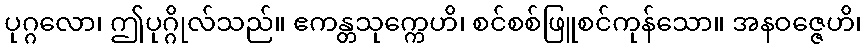
ပုဂ္ဂလော၊ ဤပုဂ္ဂိုလ်သည်။ ဧကန္တသုက္ကေဟိ၊ စင်စစ်ဖြူစင်ကုန်သော။ အနဝဇ္ဇေဟိ၊